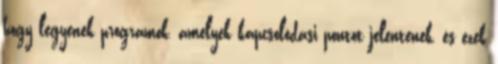
hogy legyenek programok, amelyek kapcsolódási pontot jelentenek, és ezek